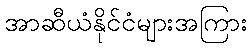
အာဆီယံနိုင်ငံများအကြား